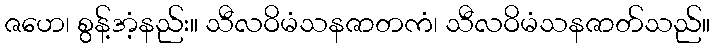
ဇဟေ၊ စွန့်အံ့နည်း။ သီလဝိမံသနဇာတကံ၊ သီလဝိမံသနဇာတ်သည်။